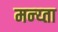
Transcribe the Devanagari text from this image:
मन्य्ता